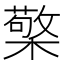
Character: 檠